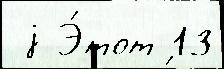
 j Э́тот 13